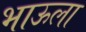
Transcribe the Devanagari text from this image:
भाऊला